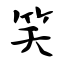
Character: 笑